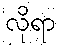
လိုရာ